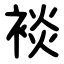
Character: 裧